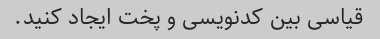
قیاسی بین کدنویسی و پخت ایجاد کنید.